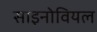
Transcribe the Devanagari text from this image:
साइनोवियल